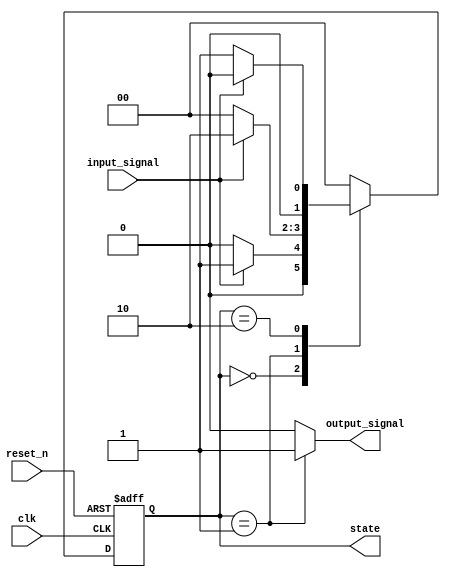
module moore_state_machine (
    input wire clk,          // Clock signal
    input wire reset_n,      // Asynchronous reset (active low)
    input wire input_signal,  // Input signal for state transitions
    output reg [1:0] state,   // Current state (2 bits for 3 states)
    output reg output_signal   // Output signal based on current state
);

// State encoding
localparam S0 = 2'b00; // State 0
localparam S1 = 2'b01; // State 1
localparam S2 = 2'b10; // State 2

// State transition logic
always @(posedge clk or negedge reset_n) begin
    if (!reset_n) begin
        state <= S0; // Reset to state S0
    end else begin
        case (state)
            S0: begin
                if (input_signal) begin
                    state <= S1; // Transition to state S1
                end else begin
                    state <= S0; // Stay in state S0
                end
            end
            S1: begin
                if (input_signal) begin
                    state <= S2; // Transition to state S2
                end else begin
                    state <= S0; // Transition back to state S0
                end
            end
            S2: begin
                if (input_signal) begin
                    state <= S0; // Transition back to state S0
                end else begin
                    state <= S1; // Transition to state S1
                end
            end
            default: state <= S0; // Default case to avoid illegal states
        endcase
    end
end

// Output logic based on current state
always @(*) begin
    case (state)
        S0: output_signal = 1'b0; // Output for state S0
        S1: output_signal = 1'b1; // Output for state S1
        S2: output_signal = 1'b0; // Output for state S2
        default: output_signal = 1'b0; // Default output
    endcase
end

endmodule